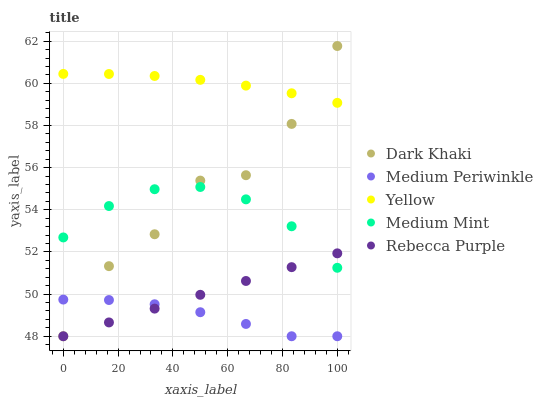
| xaxis_label | Dark Khaki | Medium Periwinkle | Yellow | Medium Mint | Rebecca Purple |
 | --- | --- | --- | --- | --- | --- |
 | 0 | 48 | 49.7 | 60.4 | 52.7 | 48 |
 | 16.7 | 51.3 | 49.7 | 60.4 | 54.2 | 48.7 |
 | 33.3 | 52.8 | 49.5 | 60.3 | 55 | 49.3 |
 | 50 | 55.4 | 49.1 | 60.2 | 55.1 | 50 |
 | 66.7 | 55.6 | 48.6 | 59.9 | 54.5 | 50.6 |
 | 83.3 | 58.1 | 48 | 59.5 | 53.2 | 51.3 |
 | 100 | 61.8 | 48 | 59.1 | 51.2 | 51.9 |